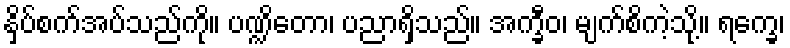
နှိပ်စက်အပ်သည်ကို။ ပဏ္ဍိတော၊ ပညာရှိသည်။ အက္ခီဝ၊ မျက်စိကဲ့သို့။ ရက္ခေ၊